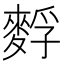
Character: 䴸